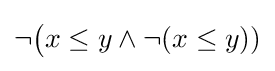
\neg {\big (}x\leq y\land \neg (x\leq y))